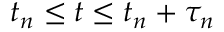
t _ { n } \leq t \leq t _ { n } + \tau _ { n }